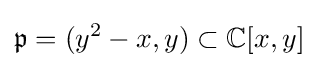
{\mathfrak {p}}=(y^{2}-x,y)\subset \mathbb {C} [x,y]